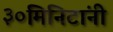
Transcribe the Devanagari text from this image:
३०मिनिटांनी